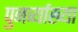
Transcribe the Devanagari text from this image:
पुनर्व्‍याख्‍या